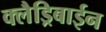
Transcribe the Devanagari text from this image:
क्लैड्रिबाईन